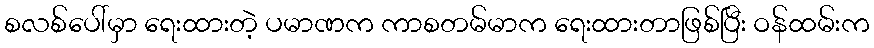
စလစ်ပေါ်မှာ ရေးထားတဲ့ ပမာဏက ကာစတမ်မာက ရေးထားတာဖြစ်ပြီး ဝန်ထမ်းက